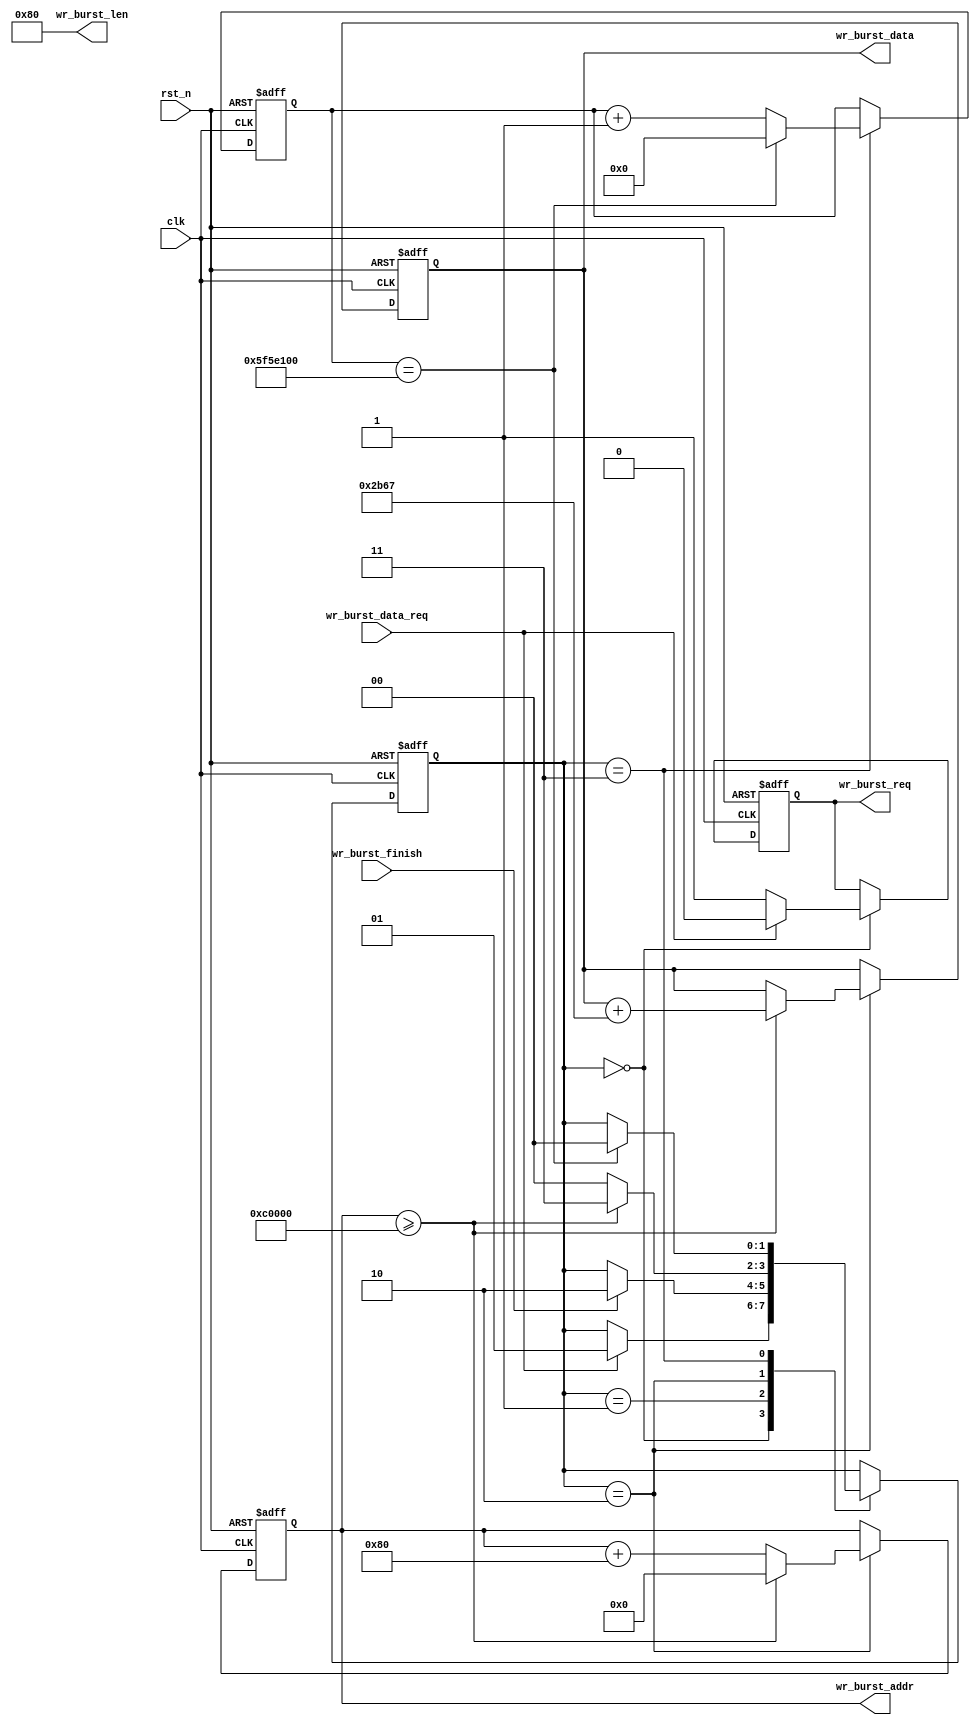
module test_write(
    input clk,
    input rst_n,

    output wr_burst_req,
    output [9:0]  wr_burst_len,
    output [23:0] wr_burst_addr,
    output [15:0] wr_burst_data,

    input wr_burst_data_req,
    input wr_burst_finish 
);

localparam STATE_IDLE = 2'b00;
localparam STATE_WRITE = 2'b01;
localparam STATE_FINISH = 2'b10;
localparam STATE_PAUSE = 2'b11;

reg write_req_r;
reg [23:0] write_addr_r;
reg [1:0] state_r;
reg [15:0] data_r;
reg [31:0] pause_counter_r;

always @(posedge clk or negedge rst_n) begin
    if (!rst_n) begin
        write_req_r <= 1'b0;
        write_addr_r <= 24'b0;
        state_r <= STATE_IDLE;
        data_r <= 16'b1111100000000000;
        pause_counter_r <= 32'd0;
    end else begin
        case (state_r)
            STATE_IDLE: begin
                if (wr_burst_data_req) begin
                    write_req_r <= 1'b0;
                    state_r <= STATE_WRITE;
                end else begin
                    write_req_r <= 1'b1;
                end
            end
            STATE_WRITE: begin
                if (wr_burst_finish) begin
                    state_r <= STATE_FINISH;
                end
            end
            STATE_FINISH: begin
                if (write_addr_r >= 24'd786432) begin
                    write_addr_r <= 24'd0;
                    state_r <= STATE_PAUSE;
                    data_r <= data_r + 16'd11111;
                end else begin
                    write_addr_r <= write_addr_r + 24'd128;
                    state_r <= STATE_IDLE;
                end
            end
            STATE_PAUSE: begin
                if (pause_counter_r == 32'd100000000) begin
                    state_r <= STATE_IDLE;
                    pause_counter_r <= 32'd0;
                end else begin
                    pause_counter_r <= pause_counter_r + 32'd1;
                end
            end
        endcase
    end
end 

assign wr_burst_req = write_req_r;
assign wr_burst_len = 10'd128;;
assign wr_burst_addr = write_addr_r;
assign wr_burst_data = data_r;

endmodule